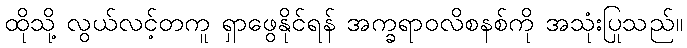
ထိုသို့ လွယ်လင့်တကူ ရှာဖွေနိုင်ရန် အက္ခရာဝလိစနစ်ကို အသုံးပြုသည်။